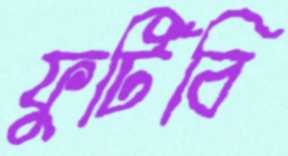
ফুটিবি